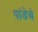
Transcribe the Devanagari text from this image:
पांडेचे